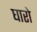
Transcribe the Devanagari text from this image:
घारो